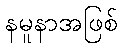
နမူနာအဖြစ်